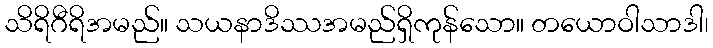
သိရိဂီရိအမည်။ သယနာဒိဿအမည်ရှိကုန်သော။ တယောဝါသာဒါ၊